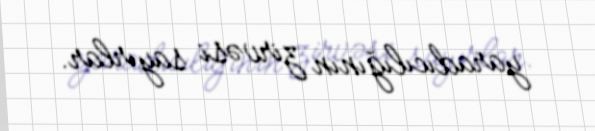
yaradıcılığının zirvəsi sayırlar.